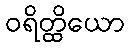
ဝရိတ္ထိယော